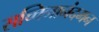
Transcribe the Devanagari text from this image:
सच्चिनानंदमन